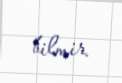
bilmir.